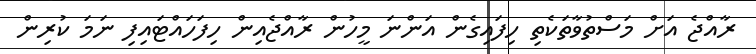
ރާއްޖެ އަށް މަސްތުވާތަކެތި ހިފައިގެން އަންނަ މީހުން ރާއްޖެއިން ހިފަހައްޓައިފި ނަމަ ކުރިން